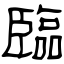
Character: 臨